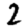
Digit: 2